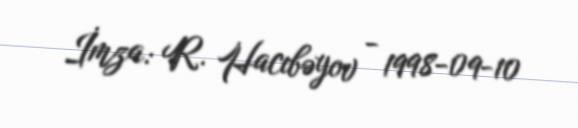
İmza: R. Hacıbəyov - 1998-09-10